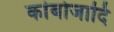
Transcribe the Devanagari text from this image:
कांबोजादि